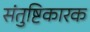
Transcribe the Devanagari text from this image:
संतुष्टिकारक